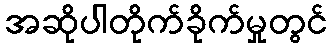
အဆိုပါတိုက်ခိုက်မှုတွင်